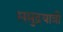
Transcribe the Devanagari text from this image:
समुद्रयात्री